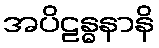
အပိဠန္ဓနာနိ